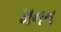
મનન